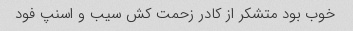
خوب بود متشکر از کادر زحمت کش سیب و اسنپ فود